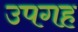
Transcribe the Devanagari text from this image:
उपगह